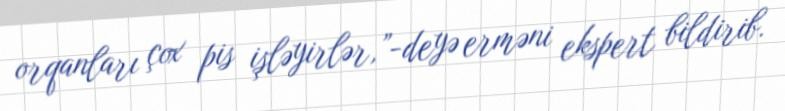
orqanları çox pis işləyirlər,”-deyə erməni ekspert bildirib.